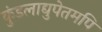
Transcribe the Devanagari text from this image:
कुंडलाद्युपेतमपि